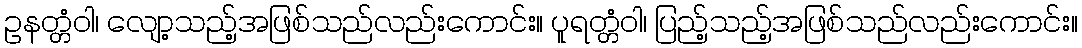
ဥနတ္တံဝါ၊ လျော့သည့်အဖြစ်သည်လည်းကောင်း။ ပူရတ္တံဝါ၊ ပြည့်သည့်အဖြစ်သည်လည်းကောင်း။